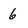
Character: 9